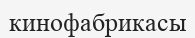
кинофабрикасы